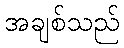
အချစ်သည်